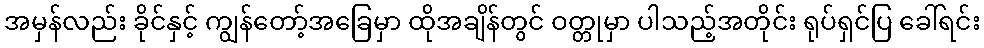
အမှန်လည်း ခိုင်နှင့် ကျွန်တော့်အခြေမှာ ထိုအချိန်တွင် ဝတ္တုမှာ ပါသည့်အတိုင်း ရုပ်ရှင်ပြ ခေါ်ရင်း